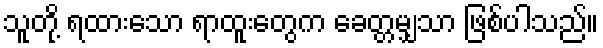
သူတို့ ရထားသော ရာထူးတွေက ခေတ္တမျှသာ ဖြစ်ပါသည်။